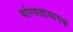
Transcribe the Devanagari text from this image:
योग्यतामापक